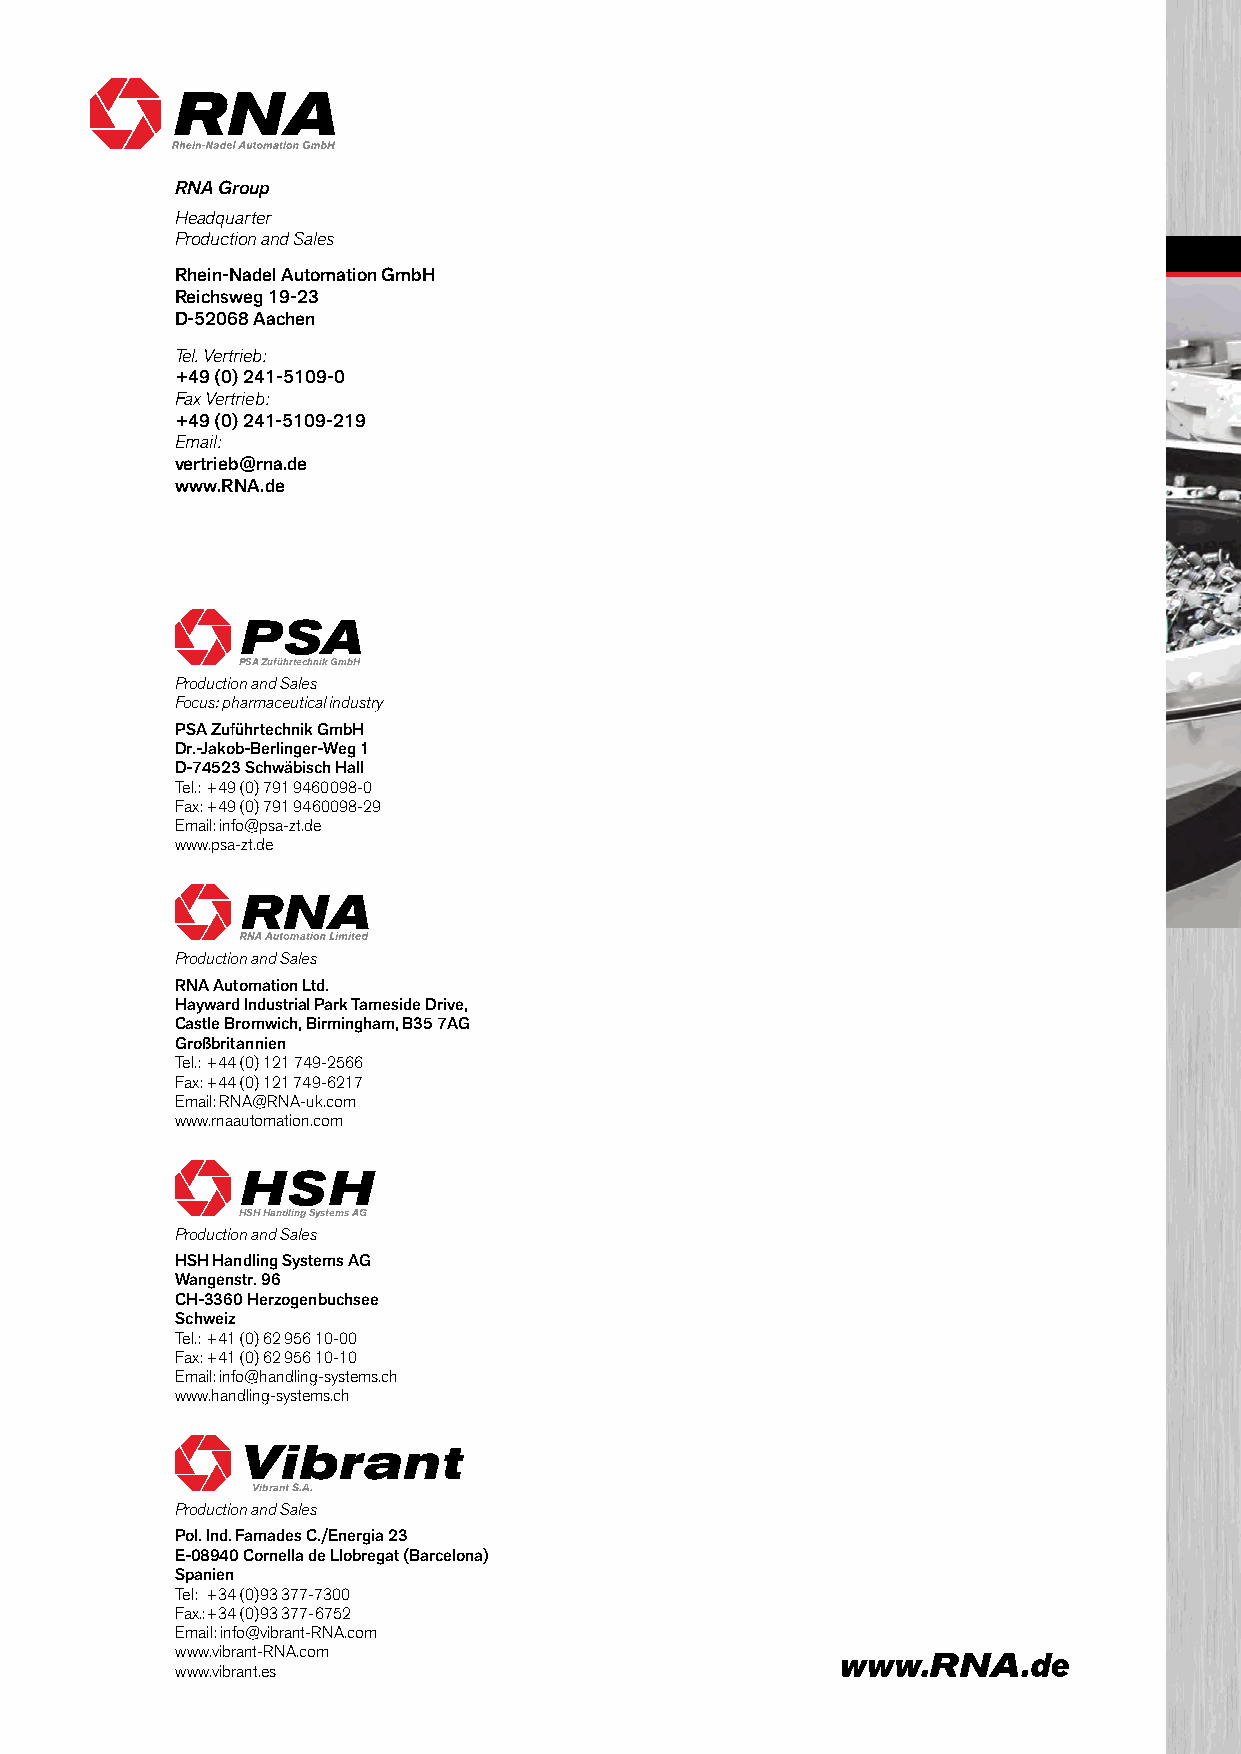
RNA Group
 Headquarter
 Production and Sales
 Rhein-Nadel Automation GmbH
 Reichsweg 19-23
 D-52068 Aachen
 Tel. Vertrieb:
 +49 (0) 241-5109-0
 Fax Vertrieb:
 +49 (0) 241-5109-219
 Email:
 vertrieb@rna.de
 www.RNA.de
 PSA
 PSA Zuführtechnik GmbH
 Production and Sales
 Focus: pharmaceutical industry
 PSA Zuführtechnik GmbH
 Dr.-Jakob-Berlinger-Weg 1
 D-74523 Schwäbisch Hall
 Tel.: +49 (0) 791 9460098-0
 Fax: +49 (0) 791 9460098-29
 Email: info@psa-zt.de
 www.psa-zt.de
 Production and Sales
 RNA Automation Ltd.
 Hayward Industrial Park Tameside Drive,
 Castle Bromwich, Birmingham, B35 7AG
 Großbritannien
 Tel.: +44 (0) 121 749-2566
 Fax: +44 (0) 121 749-6217
 Email: RNA@RNA-uk.com
 www.rnaautomation.com
 HSH
 HSH Handling Systems AG
 Production and Sales
 HSH Handling Systems AG
 Wangenstr. 96
 CH-3360 Herzogenbuchsee
 Schweiz
 Tel.: +41 (0) 62 956 10-00
 Fax: +41 (0) 62 956 10-10
 Email: info@handling-systems.ch
 www.handling-systems.ch
 Vibrant
 Vibrant S.A.
 Production and Sales
 Pol. Ind. Famades C./Energia 23
 E-08940 Cornella de Llobregat (Barcelona)
 Spanien
 Tel: +34 (0)93 377-7300
 Fax.:+34 (0)93 377-6752
 Email: info@vibrant-RNA.com
 www.vibrant-RNA.com
 www.vibrant.es